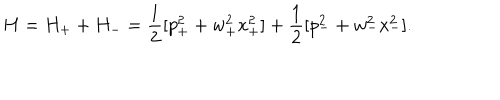
LaTeX: H = H _ { + } + H _ { - } = { \frac { 1 } { 2 } } [ p _ { + } ^ { 2 } + w _ { + } ^ { 2 } x _ { + } ^ { 2 } ] + { \frac { 1 } { 2 } } [ p _ { - } ^ { 2 } + w _ { - } ^ { 2 } x _ { - } ^ { 2 } ] .